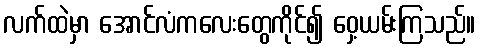
လက်ထဲမှာ အောင်လံကလေးတွေကိုင်၍ ဝှေ့ယမ်းကြသည်။